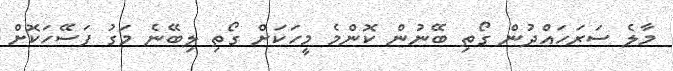
މާލެ ސަރަހައްދުން ގޯތި ބޭނުން ކޮންމެ މީހަކަށް ގޯތި ލިބޭނެ މަގު ފަސޭހަކޮށް